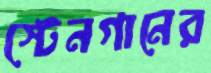
স্টেনগানের